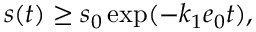
s ( t ) \geq s _ { 0 } \exp ( - k _ { 1 } e _ { 0 } t ) ,